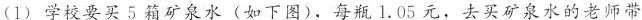
(1)学校要买5箱矿泉水(如下图)，每瓶1.05元，去买矿泉水的老师带